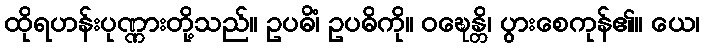
ထိုရဟန်းပုဏ္ဏားတို့သည်။ ဥပဓိံ၊ ဥပဓိကို။ ဝဍ္ဎေန္တိ၊ ပွားစေကုန်၏။ ယေ၊